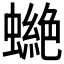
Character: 𧑾